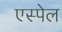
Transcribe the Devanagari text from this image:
एस्पेल